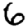
Digit: 6